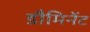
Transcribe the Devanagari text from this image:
डौमिनेंट